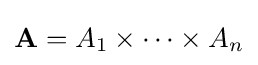
\mathbf {A} =A_{1}\times \cdots \times A_{n}